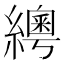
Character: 𦆒